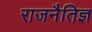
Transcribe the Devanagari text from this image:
राजनैतिज्ञ